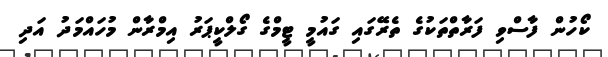
ކޯހުން ފާސްވި ފަރާތްތަކުގެ ތެރޭގައި ގައުމީ ޓީމްގެ ގޯލްކީޕަރު އިމްރާން މުހައްމަދު އަދި